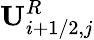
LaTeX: \mathbf{U}_{i+1/2,j}^{R}